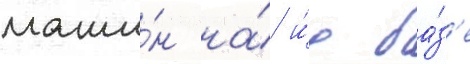
маши́н на́ и́х ба́з'е